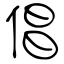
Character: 倡